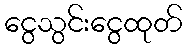
ငွေသွင်းငွေထုတ်